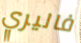
فاليري